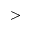
>